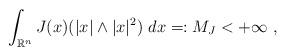
LaTeX: \begin{align*}\int_{\mathbb{R}^{n}}J(x)(|x|\wedge|x|^{2})~dx=:M_{J}<+\infty~,\end{align*}